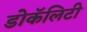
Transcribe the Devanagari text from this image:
डोकॅलिटी